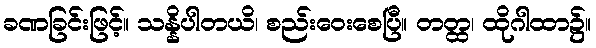
ခဏခြင်းဖြင့်။ သန္နိပါတယိ၊ စည်းဝေးစေပြီ။ တတ္ထ၊ ထိုဂါထာ၌။